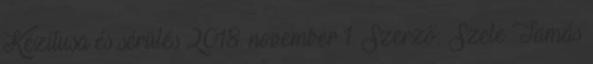
Kézitusa és sérülés 2018. november 1. Szerző: Szele Tamás